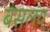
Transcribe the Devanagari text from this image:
बसलंय